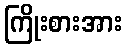
ကြိုးစားအား